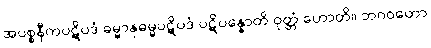
အပစ္စနီကပဋိပဒံ ဓမ္မာနုဓမ္မပဋိပဒံ ပဋိပန္နောတိ ဝုတ္တံ ဟောတိ။ ဘဂဝတော